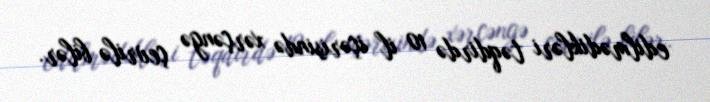
edilmədikləri təqdirdə 10 il içərisində xərçəngə çevrilə bilər.